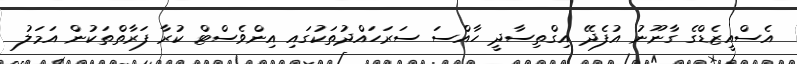
އެސްއީޒެޑްގެ ގާނޫނު އުފެދޭ އިގްތިސާދީ ހާއްސަ ސަރަހައްދުތަކުގައި އިންވެސްޓް ކުރާ ފަރާތްތަކުން އަމަލު